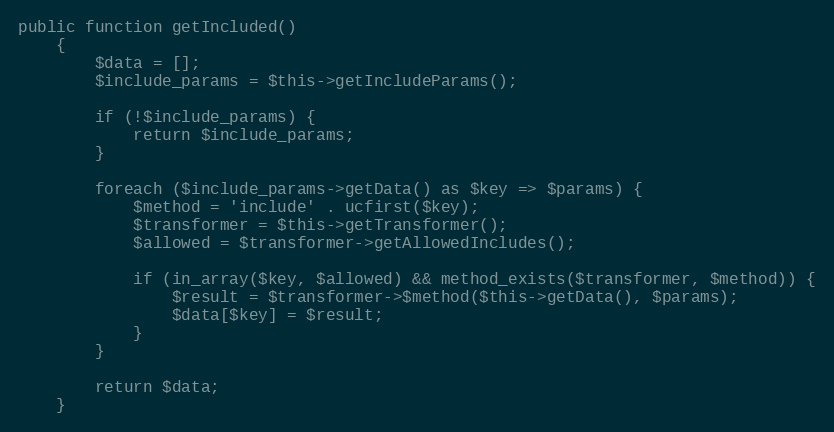
Language: PHP
public function getIncluded()
    {
        $data = [];
        $include_params = $this->getIncludeParams();

        if (!$include_params) {
            return $include_params;
        }

        foreach ($include_params->getData() as $key => $params) {
            $method = 'include' . ucfirst($key);
            $transformer = $this->getTransformer();
            $allowed = $transformer->getAllowedIncludes();

            if (in_array($key, $allowed) && method_exists($transformer, $method)) {
                $result = $transformer->$method($this->getData(), $params);
                $data[$key] = $result;
            }
        }

        return $data;
    }